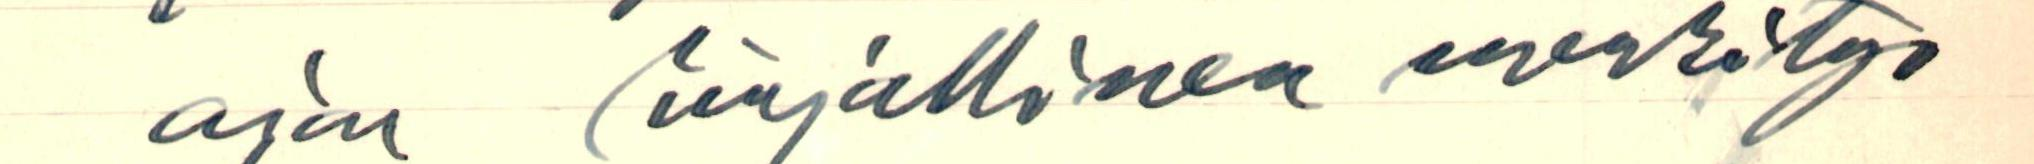
ajan kirjallinen merkitys